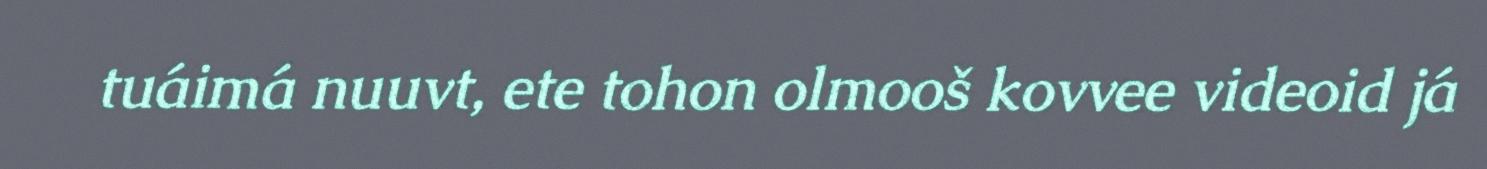
tuáimá nuuvt, ete tohon olmooš kovvee videoid já